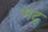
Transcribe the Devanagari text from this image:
मद्